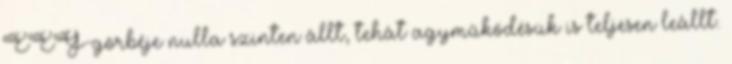
EEG-görbéje nulla szinten állt, tehát agyműködésük is teljesen leállt.